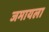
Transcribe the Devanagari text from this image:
जमायला